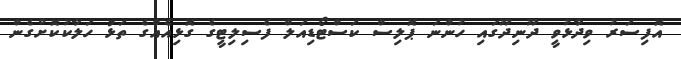
އޮފިސަރު ވިދާޅުވީ ދޫނިދޫގައި ހުންނަ ޕޮލިސް ކަސްޓޯޑިއަލް ފެސިލިޓީގެ ގޮޅިއެއްގެ ތަޅު ހަލާކުކޮށްގެން